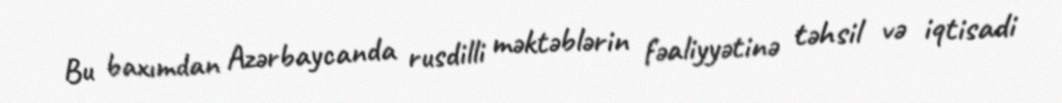
Bu baxımdan Azərbaycanda rusdilli məktəblərin fəaliyyətinə təhsil və iqtisadi